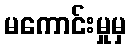
မကောင်းမှုမှ